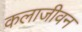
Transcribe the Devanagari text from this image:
कलाजीवन